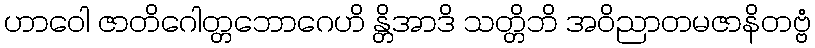
ဟာဝေါ ဇာတိဂေါတ္တဘောဂေဟိ န္တိအာဒိ သတ္တိဘိ အဝိညာတမဇာနိတဗ္ဗံ